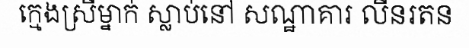
ក្មេងស្រីម្នាក់ ស្លាប់នៅ សណ្ឋាគារ លីនរតន